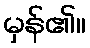
မှန်၏။